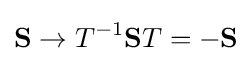
\mathbf {S} \to T^{-1}\mathbf {S} T=-\mathbf {S}